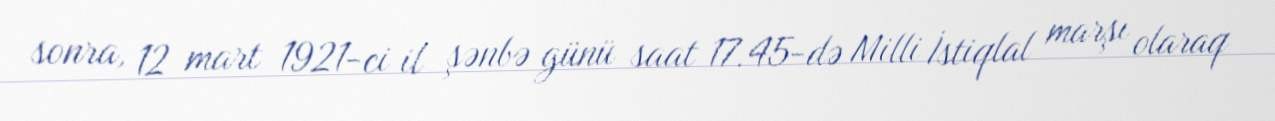
sonra, 12 mart 1921-ci il şənbə günü saat 17.45-də Milli İstiqlal marşı olaraq